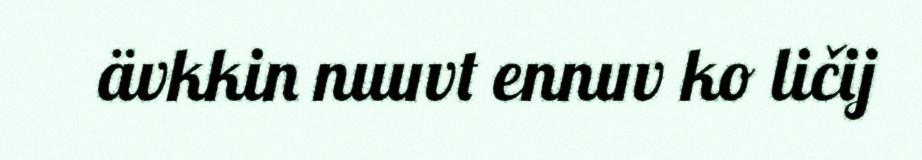
ävkkin nuuvt ennuv ko ličij